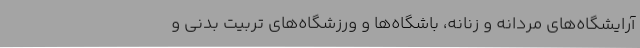
آرایشگاه‌های مردانه و زنانه، باشگاه‌ها و ورزشگاه‌های تربیت بدنی و